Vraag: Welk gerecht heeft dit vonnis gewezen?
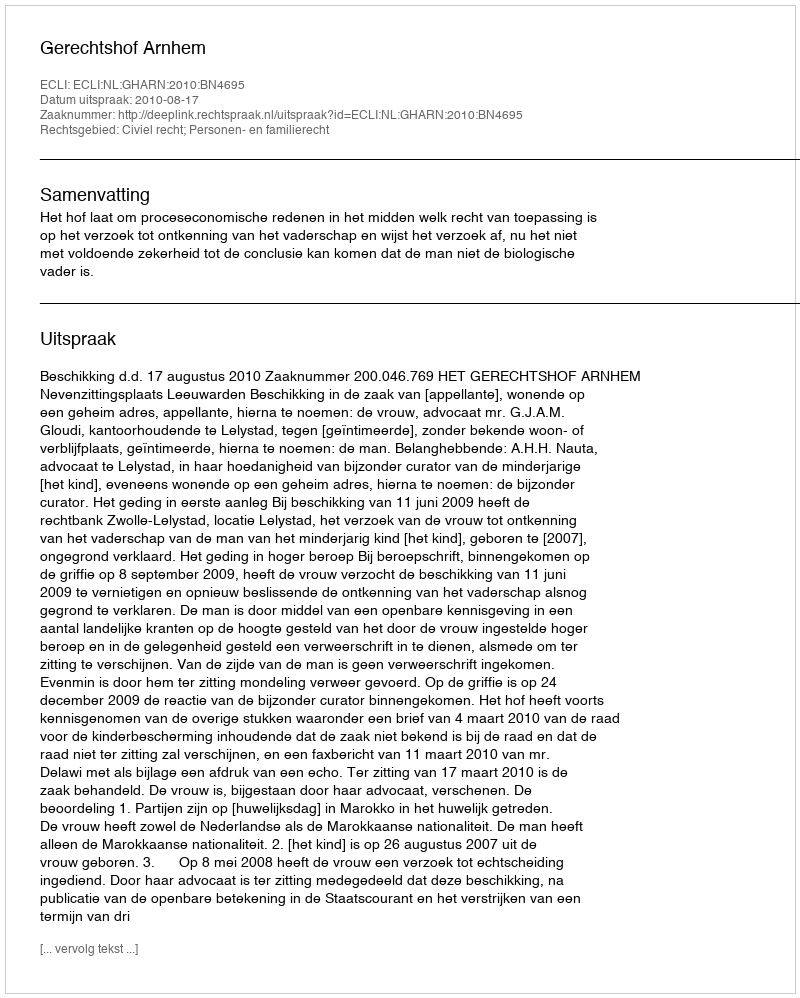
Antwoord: Gerechtshof Arnhem